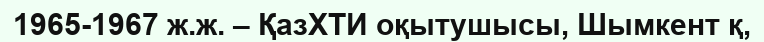
1965-1967 ж.ж. – ҚазХТИ оқытушысы, Шымкент қ,